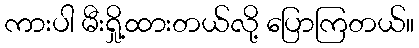
ကားပါ မီးရှို့ထားတယ်လို့ ပြောကြတယ်။